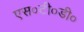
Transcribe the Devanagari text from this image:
एस०टी०डी०